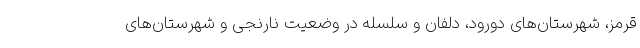
قرمز، شهرستان‌های دورود، دلفان و سلسله در وضعیت نارنجی و شهرستان‌های